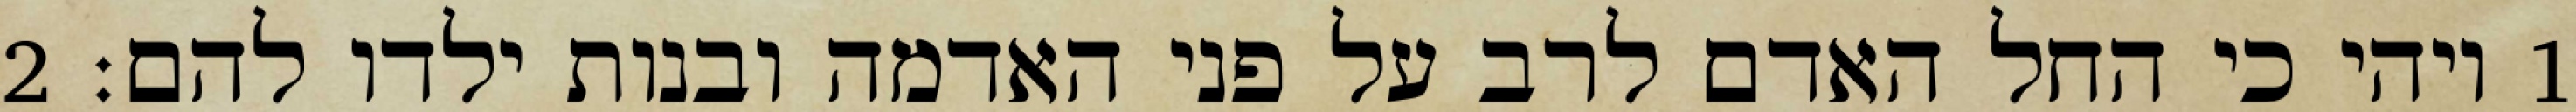
1 ויהי כי החל האדם לרב על פני האדמה ובנות ילדו להם׃ ‎2‏